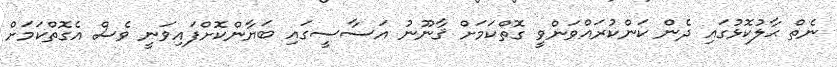
ނެތް ޙާލުކޮޅުގައި ދެން ކަންކުރައްވަންވީ ގޮތްކަމަށް ޤާނޫނު އަސާސީގައި ބަޔާންކޮށްފައިވަނީ ވެސް އެގޮތްކަމަށް